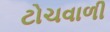
ટોચવાળી